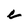
Character: C